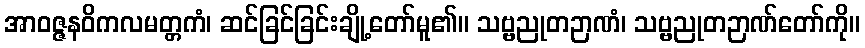
အာဝဇ္ဇနဝိကလမတ္တကံ၊ ဆင်ခြင်ခြင်းချို့တော်မူ၏။ သဗ္ဗညုတဉာဏံ၊ သဗ္ဗညုတဉာဏ်တော်ကို။